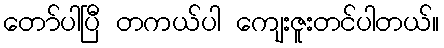
တော်ပါပြီ တကယ်ပါ ကျေးဇူးတင်ပါတယ်။